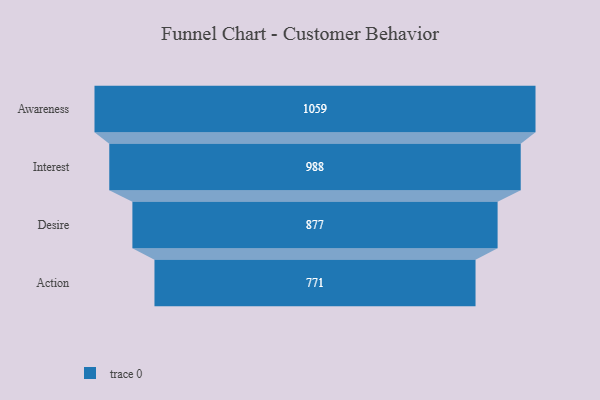
{"axis": {"x": "Stage", "y": "Value"}, "legend": [""], "data": [{"x": "Awareness", "y": 1059.0, "type": ""}, {"x": "Interest", "y": 988.0, "type": ""}, {"x": "Desire", "y": 877.0, "type": ""}, {"x": "Action", "y": 771.0, "type": ""}]}